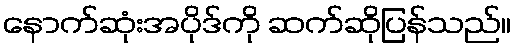
နောက်ဆုံးအပိုဒ်ကို ဆက်ဆိုပြန်သည်။